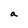
Character: a